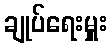
ချုပ်ရေးမှူး